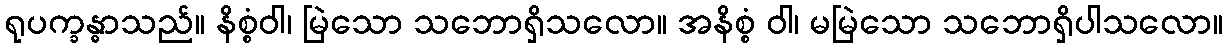
ရုပက္ခန္ဓာသည်။ နိစ္စံဝါ၊ မြဲသော သဘောရှိသလော။ အနိစ္စံ ဝါ၊ မမြဲသော သဘောရှိပါသလော။